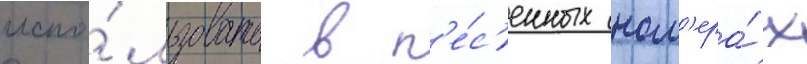
испо́льзовать в п'е́с'енных ном'ера́х